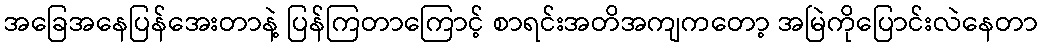
အခြေအနေပြန်အေးတာနဲ့ ပြန်ကြတာကြောင့် စာရင်းအတိအကျကတော့ အမြဲကိုပြောင်းလဲနေတာ